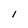
Character: l